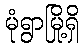
မုံရွာမြို့ရှိ